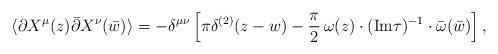
LaTeX: \begin{align*}\langle \partial X^\mu(z) \bar{\partial} X^\nu (\bar w)\rangle =- \delta^{\mu\nu}\left[ \pi \delta^{(2)}(z-w) - { \pi \over 2} \,\omega(z) \cdot ({\rm Im} \tau )^{-1} \cdot \bar{\omega}(\bar w)\right] ,\end{align*}